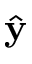
\hat { \bf y }